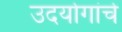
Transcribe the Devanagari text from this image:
उदयोगांचे